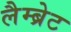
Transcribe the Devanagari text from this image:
लैम्ब्रेट